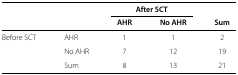
|  |  | <COLSPAN=2> After SCT |  |
 |  |  | AHR | No AHR | Sum |
 | --- | --- | --- | --- | --- |
 | Before SCT | AHR | 1 | 1 | 2 |
 |  | No AHR | 7 | 12 | 19 |
 |  | Sum | 8 | 13 | 21 |